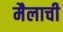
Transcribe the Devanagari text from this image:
मैलाची